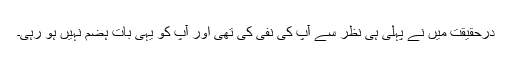
درحقیقت میں نے پہلی ہی نظر سے آپ کی نفی کی تھی اور آپ کو یہی بات ہضم نہیں ہو رہی۔